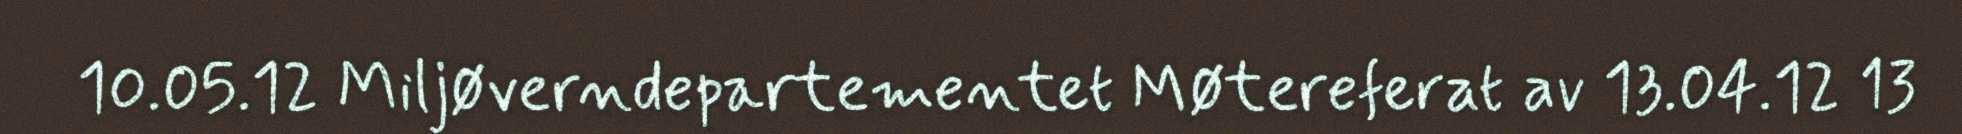
10.05.12 Miljøverndepartementet Møtereferat av 13.04.12 13